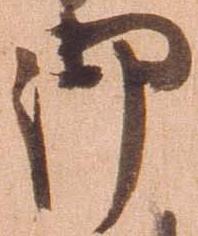
御